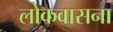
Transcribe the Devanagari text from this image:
लोकवासना